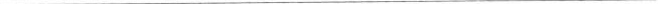
___